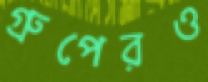
গ্রুপেরও